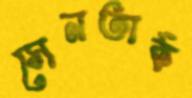
সেনতার্ক